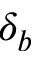
\delta _ { b }